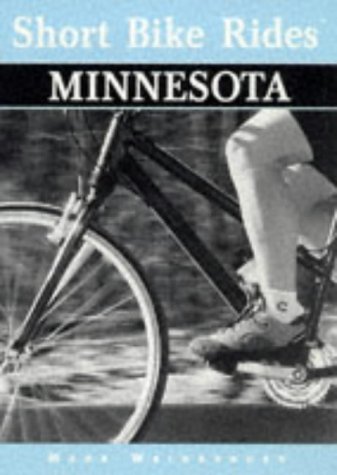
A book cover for Short Bike Rides in Minnesota (Short Bike Rides Series); Mark Weinberger; Travel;